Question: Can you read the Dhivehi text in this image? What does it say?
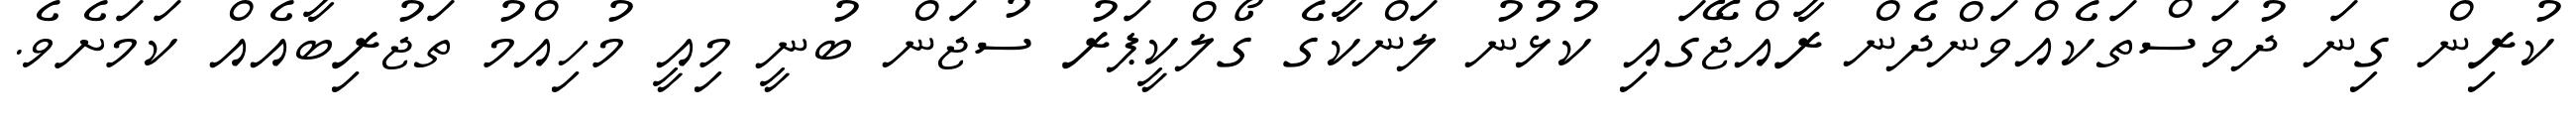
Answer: ކުރިން ގިނަ ދުވަސްތަކެއްވަންދެން ރާއްޖޭގައި ކުޅުނު ލަންކާގެ ގޯލްކީޕަރު ސުޖަން ބުނީ މިއީ މުހިއްމު ތަޖުރިބާއެއް ކަމަށެވެ.